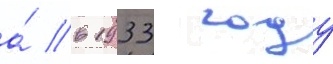
а́ в 1933 году